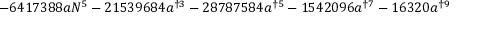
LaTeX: - 6 4 1 7 3 8 8 a N ^ { 5 } - 2 1 5 3 9 6 8 4 a ^ { \dag 3 } - 2 8 7 8 7 5 8 4 a ^ { \dag 5 } - 1 5 4 2 0 9 6 a ^ { \dag 7 } - 1 6 3 2 0 a ^ { \dag 9 }